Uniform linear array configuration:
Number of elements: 24
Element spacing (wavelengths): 1
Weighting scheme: exponential
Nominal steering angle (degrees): -60
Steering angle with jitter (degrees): -58.429
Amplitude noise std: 0.05
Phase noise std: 0.05

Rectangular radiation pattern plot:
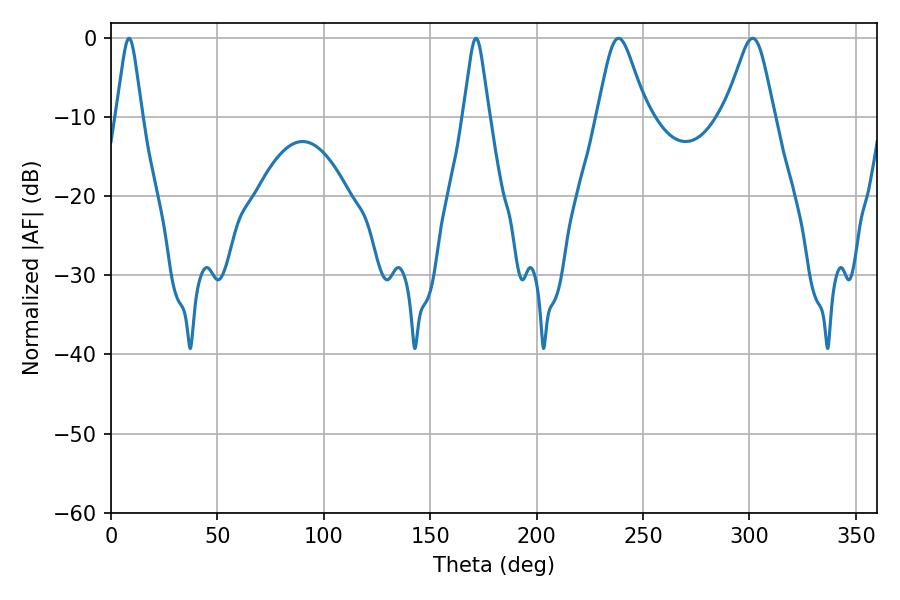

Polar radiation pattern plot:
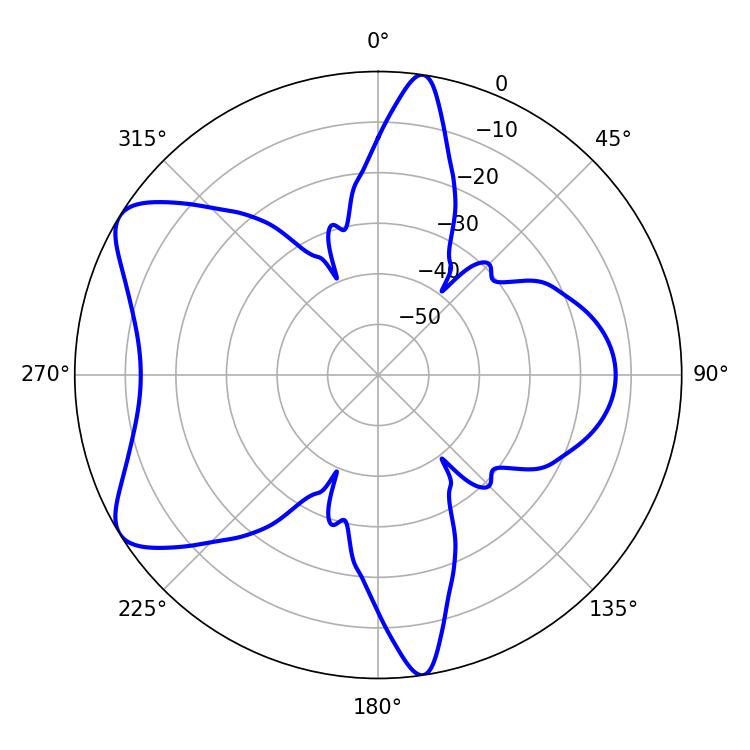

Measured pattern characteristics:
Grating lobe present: TRUE
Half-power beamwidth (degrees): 11.16
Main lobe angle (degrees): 301.5